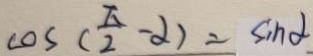
\cos ( \frac { \pi } { 2 } - \alpha ) = \sin \alpha